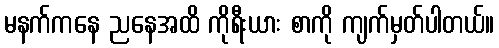
မနက်ကနေ ညနေအထိ ကိုရီးယား စာကို ကျက်မှတ်ပါတယ်။